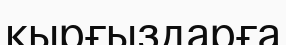
қырғыздарға